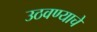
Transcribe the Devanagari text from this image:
उठवण्याचे